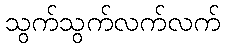
သွက်သွက်လက်လက်